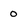
Character: 0